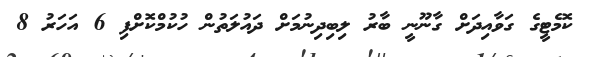
ކޮމެޓީގެ ގަވާއިދަށް ގާނޫނީ ބާރު ލިބިދިނުމަށް ދައުލަތުން ހުކުމްކޮށްފި 6 އަހަރު 8